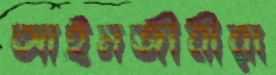
আইনজীবীরা